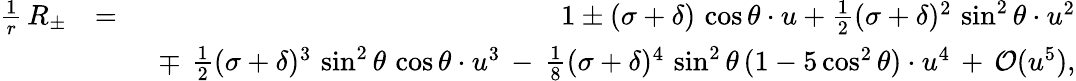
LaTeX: \begin{array}{rlr}{\frac{1}{r}\, R_{\pm}}&{=}&{1\pm(\sigma+\delta)\, \cos\theta\cdot u+\frac{1}{2}(\sigma+\delta)^{2}\, \sin^{2}\theta\cdot u^{2}}\\ &{}&{\ \mp\, \frac{1}{2}(\sigma+\delta)^{3}\, \sin^{2}\theta\, \cos\theta\cdot u^{3}\, -\, \frac{1}{8}(\sigma+\delta)^{4}\, \sin^{2}\theta\, (1-5\cos^{2}\theta)\cdot u^{4}\, +\, {\cal O}(u^{5}),}\end{array}